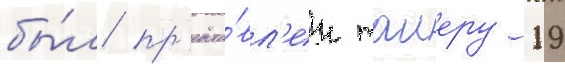
бы́л пр'едста́вл'ен таиеру 19